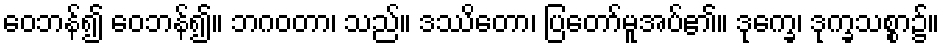
ဝေဘန်၍ ဝေဘန်၍။ ဘဂဝတာ၊ သည်။ ဒဿိတော၊ ပြတော်မူအပ်၏။ ဒုက္ခေ၊ ဒုက္ခသစ္စာ၌။